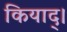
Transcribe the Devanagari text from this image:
कियाद्।